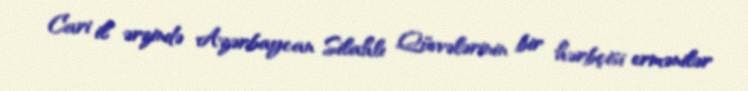
Cari il ərzində Azərbaycan Silahlı Qüvvələrinin bir hərbçisi ermənilər